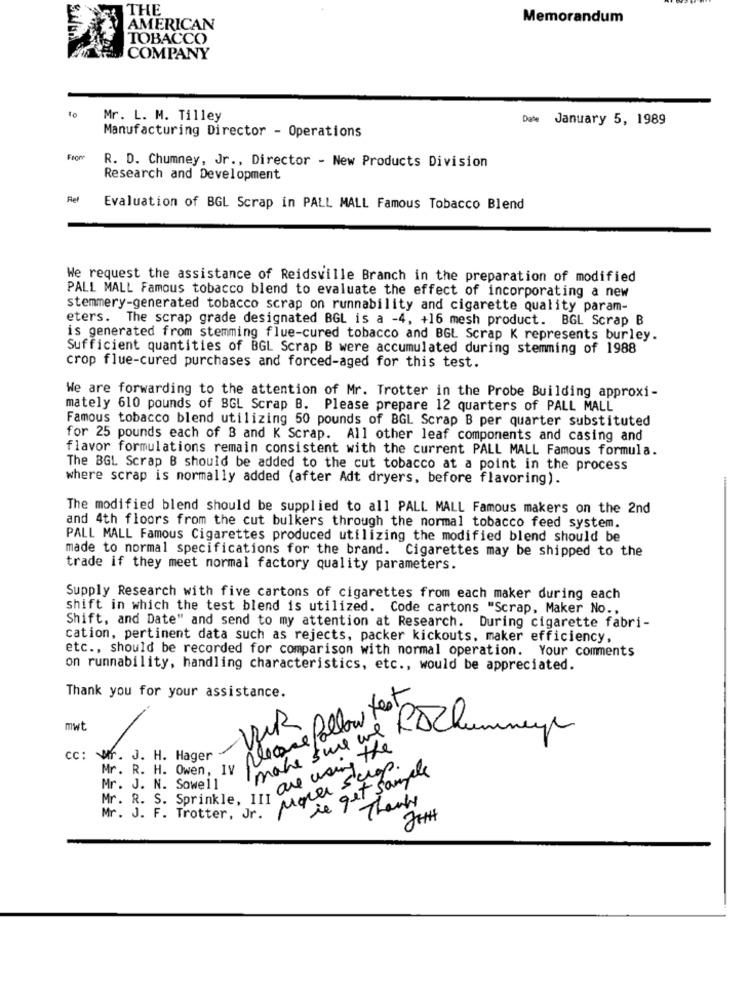
THE
Memorandum
AMERICAN
TOBACCO
COMPANY
to
Mr. L. M. Tilley
Date January 5, 1989
Manufacturing Director - Operations
R. D. Chumney, Jr ., Director - New Products Division
Research and Development
Fel
Evaluation of BGL Scrap in PALL MALL Famous Tobacco Blend
We request the assistance of Reidsville Branch in the preparation of modified
PALL MALL Famous tobacco blend to evaluate the effect of incorporating a new
stemmery-generated tobacco scrap on runnability and cigarette quality param-
eters. The scrap grade designated BGL is a -4, +16 mesh product. BGL Scrap B
is generated from stemming flue-cured tobacco and BGL Scrap K represents burley.
Sufficient quantities of BGL Scrap B were accumulated during stemming of 1988
crop flue-cured purchases and forced-aged for this test.
We are forwarding to the attention of Mr. Trotter in the Probe Building approxi-
mately 610 pounds of BGL Scrap B. Please prepare 12 quarters of PALL MALL
Famous tobacco blend utilizing 50 pounds of BGL Scrap B per quarter substituted
for 25 pounds each of B and K Scrap. All other leaf components and casing and
flavor formulations remain consistent with the current PALL MALL Famous formula.
The BGL Scrap B should be added to the cut tobacco at a point in the process
where scrap is normally added (after Adt dryers, before flavoring).
The modified blend should be supplied to all PALL MALL Famous makers on the 2nd
and 4th floors from the cut bulkers through the normal tobacco feed system.
PALL MALL Famous Cigarettes produced utilizing the modified blend should be
made to normal specifications for the brand. Cigarettes may be shipped to the
trade if they meet normal factory quality parameters.
Supply Research with five cartons of cigarettes from each maker during each
shift in which the test blend is utilized. Code cartons "Scrap, Maker No .,
Shift, and Date" and send to my attention at Research. During cigarette fabri-
cation, pertinent data such as rejects, packer kickouts, maker efficiency,
etc ., should be recorded for comparison with normal operation. Your comments
on runnability, handling characteristics, etc ., would be appreciated.
Thank you for your assistance.
Mr. R. H. Owen, IV Neome follow test
mwt
RDChummer
make sure we
cc: Wr. J. H. Hager
Mr. R. S. Sprinkle, It are weing the
ie get sample
Mr. J. N. Sowell
Mr. J. F. Trotter, Jr. Mover surop.
Thanks